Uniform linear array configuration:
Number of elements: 16
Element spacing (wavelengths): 1
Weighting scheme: cosine
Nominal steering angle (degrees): -30
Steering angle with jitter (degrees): -30.742
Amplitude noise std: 0.05
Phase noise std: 0.05

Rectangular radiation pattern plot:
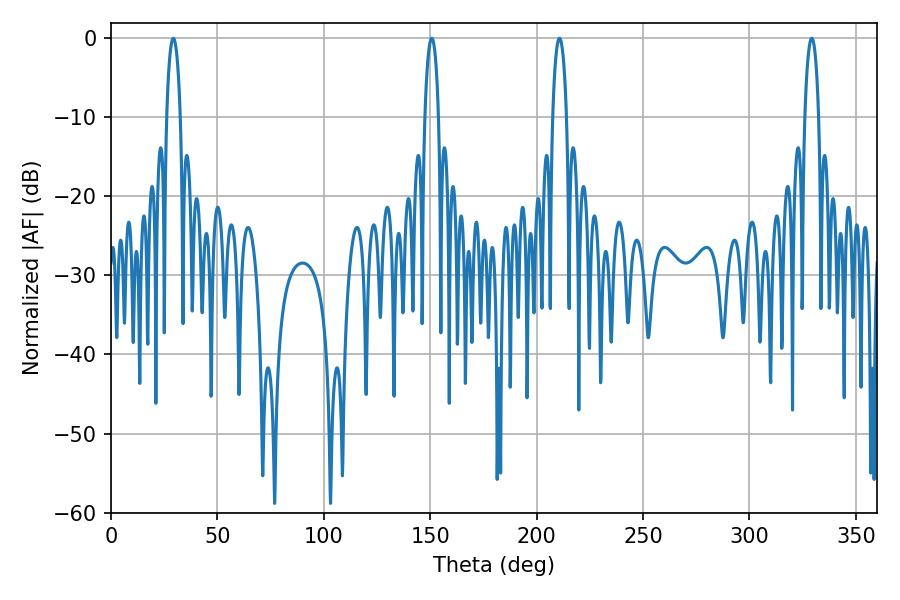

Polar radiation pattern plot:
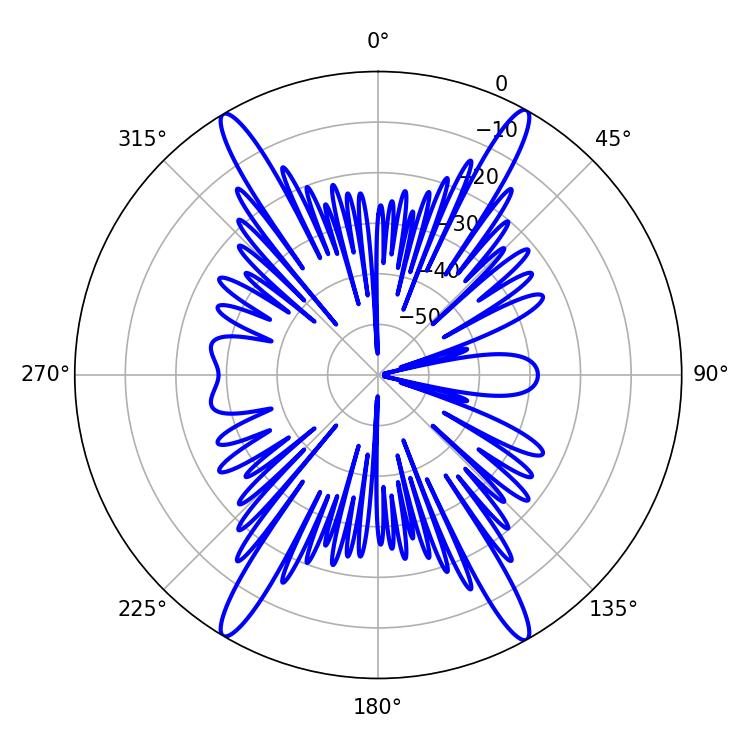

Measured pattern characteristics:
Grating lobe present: TRUE
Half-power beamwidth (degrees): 3.6
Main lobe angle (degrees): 329.22